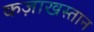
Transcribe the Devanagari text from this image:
कज़ाखस्तान